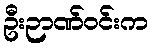
ဦးဉာဏ်ဝင်းက